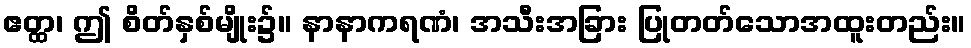
ဧတ္ထ၊ ဤ စိတ်နှစ်မျိုး၌။ နာနာကရဏံ၊ အသီးအခြား ပြုတတ်သောအထူးတည်း။